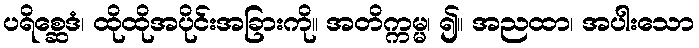
ပရိစ္ဆေဒံ၊ ထိုထိုအပိုင်းအခြားကို။ အတိက္ကမ္မ၊ ၍။ အညထာ၊ အပါးသော